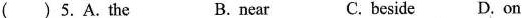
( ) 5.A. the B. near C. beside D. on